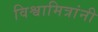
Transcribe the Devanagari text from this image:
विश्वामित्रांनी